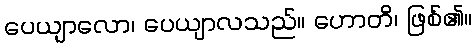
ပေယျာလော၊ ပေယျာလသည်။ ဟောတိ၊ ဖြစ်၏။